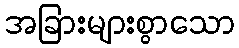
အခြားများစွာသော